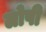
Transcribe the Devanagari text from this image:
लोपी